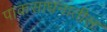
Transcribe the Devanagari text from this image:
पाकसाधनातील